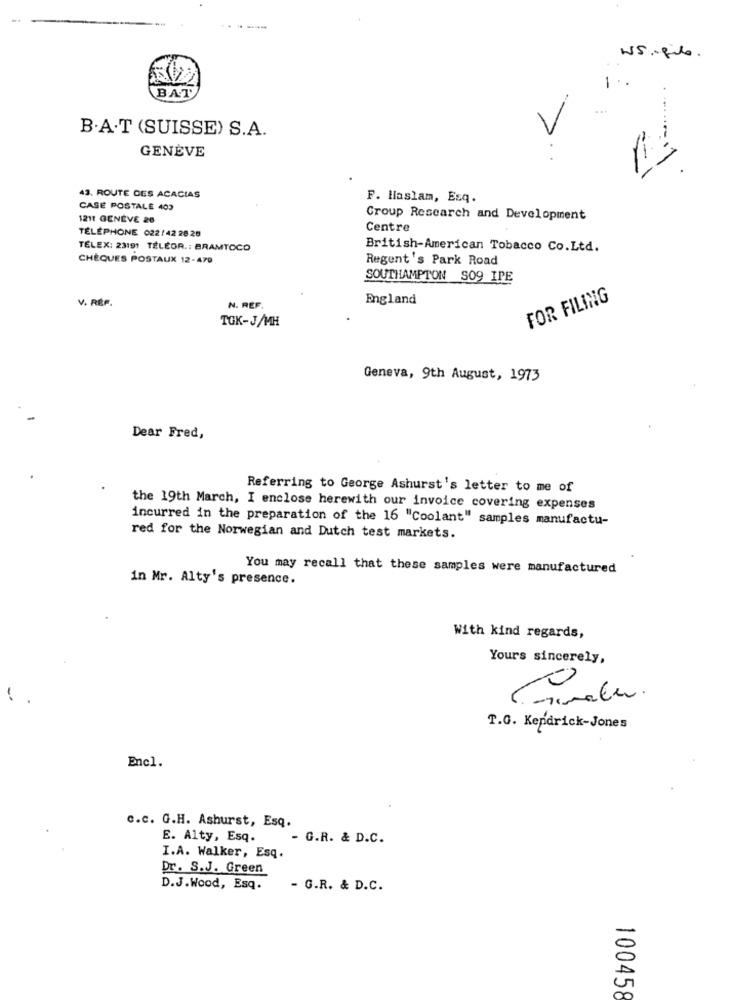
WS - file.
1.
BAT
B.A.T (SUISSE) S.A.
GENÈVE
43. ROUTE DES ACACIAS
F. Haslam, Esq.
CASE POSTALE 403
1211 GENÈVE 26
Croup Research and Development
TÉLÉPHONE 022/42 28 28
Centre
TÉLEX: 23191 TÉLÉOR .: BRAMTOCO
British-American Tobacco Co.Ltd.
CHÈQUES POSTAUX 12-479
Regent's Park Road
SOUTHAMPTON SO9 IPE
V. RÉF.
England
FOR FILING
N. REF
TGK-J/MH
Geneva, 9th August, 1973
Dear Fred,
Referring to George Ashurst's letter to me of
the 19th March, I enclose herewith our invoice covering expenses
incurred in the preparation of the 16 "Coolant" samples manufactu-
red for the Norwegian and Dutch test markets.
You may recall that these samples were manufactured
in Mr. Alty's presence.
With kind regards,
Yours sincerely,
-
T.G. Kendrick-Jones
Encl.
c.c. G.H. Ashurst, Esq.
E. Alty, Esq.
- G.R. & D.C.
I.A. Walker, Esq.
Dr. S.J. Green
D.J.Wood, Esq.
- G.R. & D.C.
100458